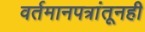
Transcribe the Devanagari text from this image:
वर्तमानपत्रांतूनही